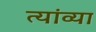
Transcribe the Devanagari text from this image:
त्यांव्या